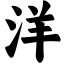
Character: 洋